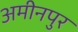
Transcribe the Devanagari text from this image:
अमीनपुर